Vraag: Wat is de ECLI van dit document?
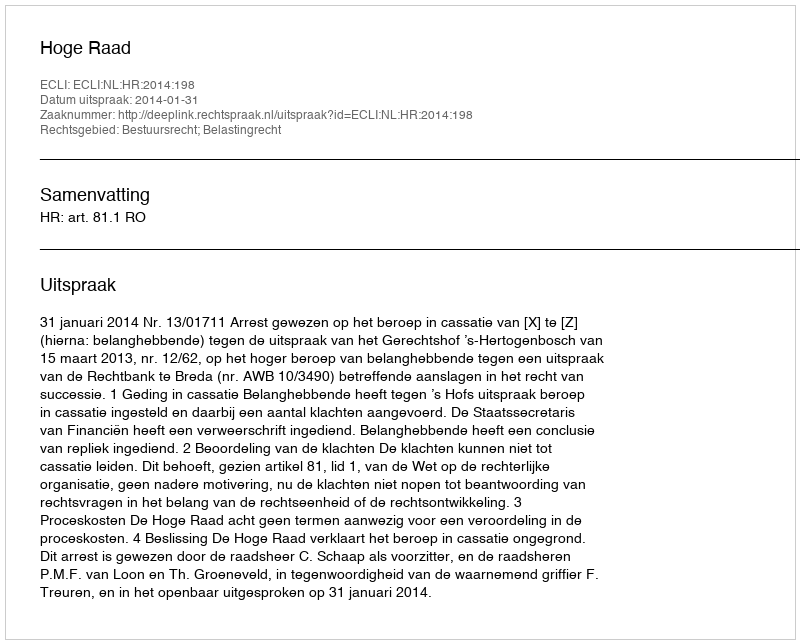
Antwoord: ECLI:NL:HR:2014:198